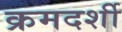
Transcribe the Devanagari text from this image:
क्रमदर्शी